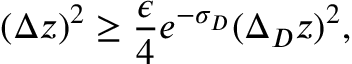
( \Delta z ) ^ { 2 } \ge { \frac { \epsilon } { 4 } } e ^ { - \sigma _ { D } } ( \Delta _ { D } z ) ^ { 2 } ,